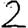
Digit: 2